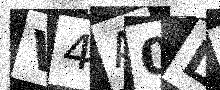
Text: V4A0LZ